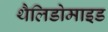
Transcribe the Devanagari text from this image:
थैलिडोमाइड